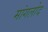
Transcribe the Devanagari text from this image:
मांगलोद